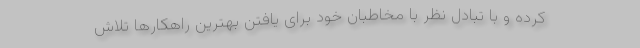
کرده و با تبادل نظر با مخاطبان خود برای یافتن بهترین راهکارها تلاش